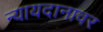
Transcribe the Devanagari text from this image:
न्यायदानावर